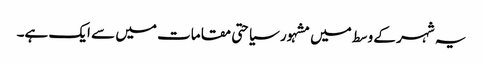
یہ شہر کے وسط میں مشہور سیاحتی مقامات میں سے ایک ہے۔